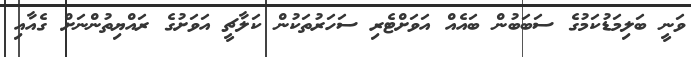
ވަނީ ބަލިމަޑުކަމުގެ ސަބަބުން ބައެއް އަވަށްޓެރި ސަހަރުތަކުން ކަލާޗީ އަވަށުގެ ރައްޔިތުންނަށް ގެއާއި